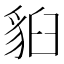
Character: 𧳈